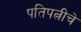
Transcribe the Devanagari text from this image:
पतिपत्नीचे